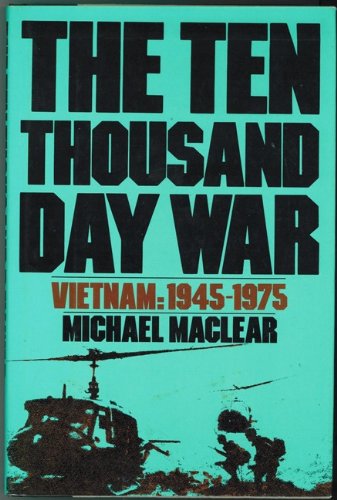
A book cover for The ten thousand day war: Vietnam, 1945-1975; Michael Maclear; Crafts, Hobbies & Home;